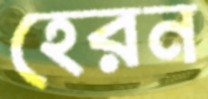
হেরন